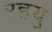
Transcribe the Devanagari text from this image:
रहयु